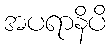
အပရာနိပိ